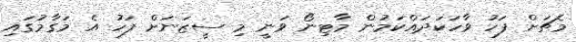
މެޗަށް ފަހު ވާހަކަދައްކަމުން މާޓިނޯ ވަނީ މި ސީޒަނަށް ފަހު އެ މަގާމުގައި